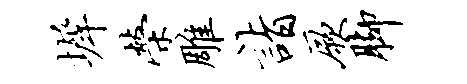
墀荣雕诣厥脚